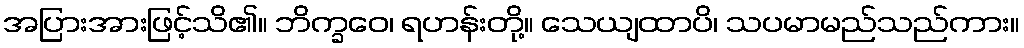
အပြားအားဖြင့်သိ၏။ ဘိက္ခဝေ၊ ရဟန်းတို့။ သေယျထာပိ၊ သပမာမည်သည်ကား။